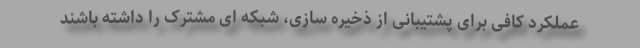
عملکرد کافی برای پشتیبانی از ذخیره سازی، شبکه ای مشترک را داشته باشند